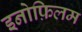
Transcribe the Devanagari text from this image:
इनोफ़िलम